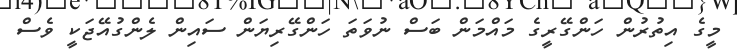
މީގެ އިތުރުން ހަންގޭރީގެ މައްމަން ބަސް ނުވަތަ ހަންގޭރިޔަން ސައިން ލެންގުއޭޖަކީ ވެސް